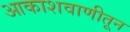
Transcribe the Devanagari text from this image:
आकाशवाणीतून